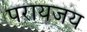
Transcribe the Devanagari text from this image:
परायजय